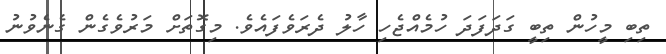
ތިބި މީހުން ތިބީ ގަދަފަދަ ހުމެއްޖެހި ހާލު ދެރަވެފައެވެ. މިގޮތަށް މަރުވެގެން ގެނެވުނު